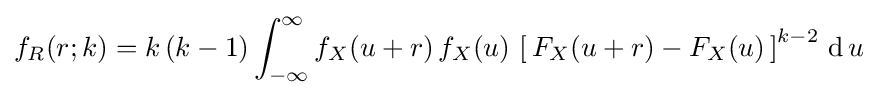
f_{R}(r;k)=k\,(k-1)\int _{-\infty }^{\infty }f_{X}(u+r)\,f_{X}(u)\,\left[\,F_{X}(u+r)-F_{X}(u)\,\right]^{k-2}\,\mathrm {d} \,u